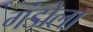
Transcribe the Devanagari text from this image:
गंडोला